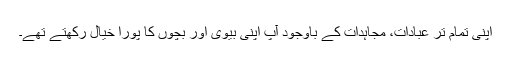
اپنی تمام تر عبادات، مجاہدات کے باوجود آپ اپنی بیوی اور بچوں کا پورا خیال رکھتے تھے۔